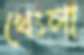
খেংলা